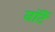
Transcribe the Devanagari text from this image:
नॉर्टे